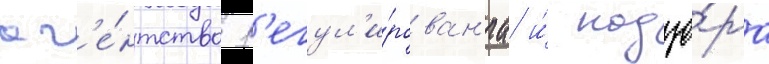
аг'е́нтство р'егул'и́рован'иа и́ надзо́ра